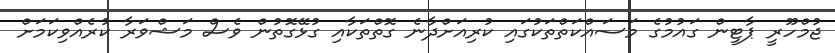
ޖުމްހޫރީ ޕާޓީން ގައުމުގެ މަސައްކަތްތަކުގައި ކުރިއަށްދާނެ ގޮތްތަކާއި ގުޅޭގޮތުން ވެސް މަޝްވަރާ ކުރެއްވިކަމަށް